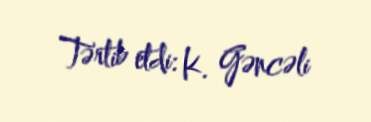
Tərtib etdi: K. Gəncəli